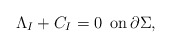
\begin{align*}\Lambda_I + C_I = 0 \,\,\, \mbox{on} \, \partial \Sigma ,\end{align*}